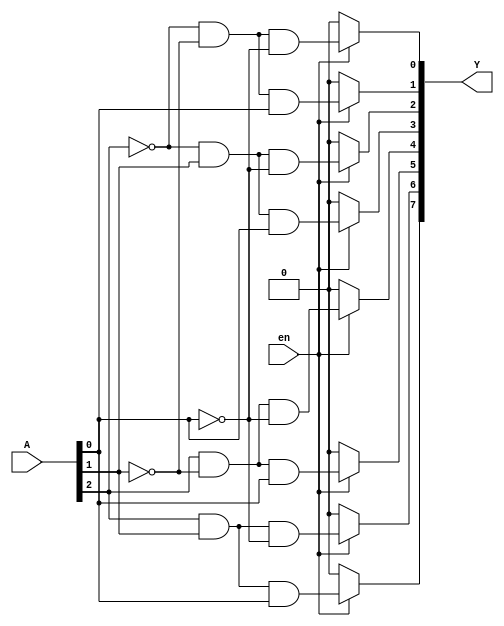
module decoder3x8(A,en, Y);
input en;
input [2:0]A;
output reg [7:0]Y;
always@(*)
begin
if(en)
 begin
 Y[0] =  ~A[2] & ~A[1] & ~A[0];
 Y[1] =  ~A[2] & ~A[1] &  A[0];
 Y[2] =  ~A[2] &  A[1] & ~A[0];
 Y[3] =  ~A[2] &  A[1] &  A[0];
 Y[4] =   A[2] & ~A[1] & ~A[0];
 Y[5] =   A[2] & ~A[1] &  A[0];
 Y[6] =   A[2] &  A[1] & ~A[0];
 Y[7] =   A[2] &  A[1] &  A[0];
 end
else
 Y = 8'b0;
end
endmodule